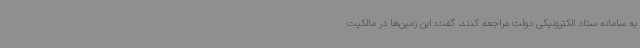
به سامانه ستاد الکترونیکی دولت مراجعه کنند، گفت: این زمین‌ها در مالکیت